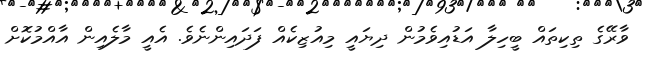
ވާރޭގެ ތިކިތައް ބީހިލާ އަޑުއިވެމުން ދިޔައީ މިއުޒިކެއް ފަދައިންނެވެ. އެއީ މާލެއިން އާއްމުކޮށް